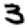
Digit: 3